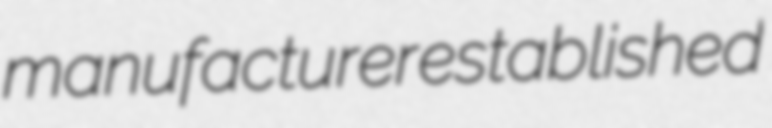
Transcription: manufacturer established